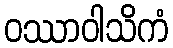
ဝဿာဝါသိကံ